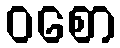
ဝစော